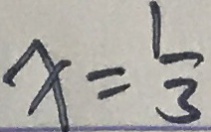
x = \frac { 1 } { 3 }